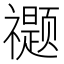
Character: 𰨖